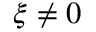
\xi \ne 0